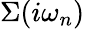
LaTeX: \Sigma(i\omega_{n})